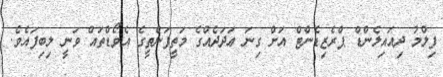
ފިލްމު ދިއައިލެންޑް ޕްރެޒިޑެންޓް އަށް ގިނަ ޢަދަދެއްގެ މަތީފަންތީގެ އެވޯޑްތައް ވަނީ ލިބިފައެވެ.